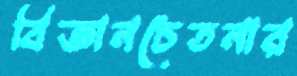
বিজ্ঞানচেতনার